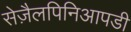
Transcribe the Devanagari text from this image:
सेज़ैलपिनिआपडी